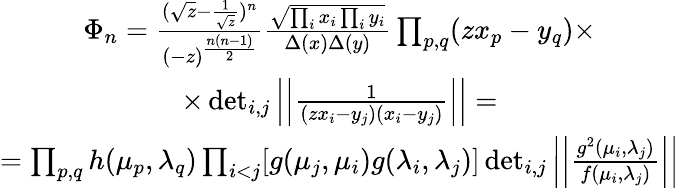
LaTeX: \begin{array}{c}{{\Phi_{n}=\frac{(\sqrt{z}-\frac{1}{\sqrt{z}})^{n}}{(-z)^{\frac{n(n-1)}{2}}}\frac{\sqrt{\prod_{i}x_{i}\prod_{i}y_{i}}}{\Delta(x)\Delta(y)}\prod_{p,q}(zx_{p}-y_{q})\times}}\\ {{\times\operatorname*{det}_{i,j}\left|\left|\frac{1}{(zx_{i}-y_{j})(x_{i}-y_{j})}\right|\right|=}}\\ {{=\prod_{p,q}h(\mu_{p},\lambda_{q})\prod_{i<j}[g(\mu_{j},\mu_{i})g(\lambda_{i},\lambda_{j})]\operatorname*{det}_{i,j}\left|\left|\frac{g^{2}(\mu_{i},\lambda_{j})}{f(\mu_{i},\lambda_{j})}\right|\right|}}\end{array}